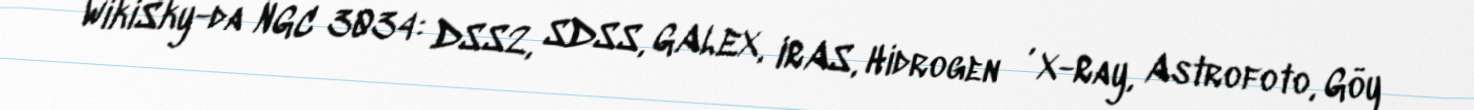
WikiSky-da NGC 3034: DSS2, SDSS, GALEX, IRAS, Hidrogen α, X-Ray, Astrofoto, Göy